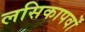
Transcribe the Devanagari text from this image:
लसिकापर्वों